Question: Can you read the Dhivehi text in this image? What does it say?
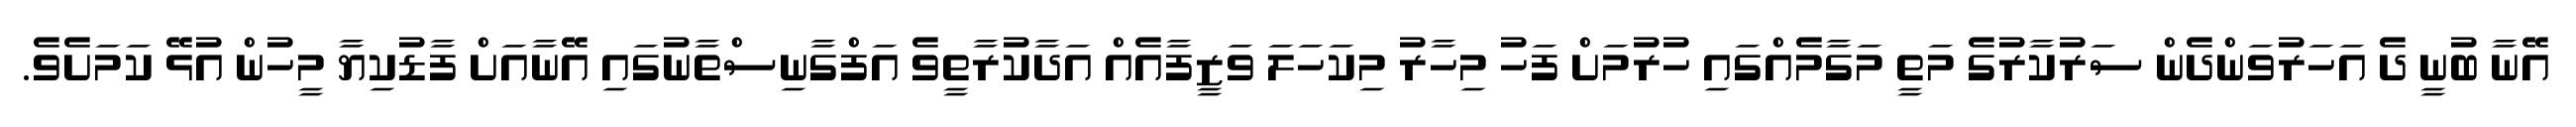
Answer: އޭނާ ބުނީ ދެ އަހަރުވަންދެން ސަރުކާރުގެ މަތީ މަގާމެއްގައި ހުރުމަށް ފަހު މިހާރު މިކަހަލަ ވަޒީފާއެއް އަދާކުރާތީވެ އަފްގާނިސްތާނުގައި އޭނާއަށް ފާޑުކިޔާ މީހުން އުޅޭ ކަމަށެވެ.